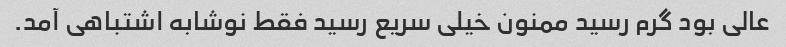
عالی بود گرم رسید ممنون خیلی سریع رسید فقط نوشابه اشتباهی آمد.